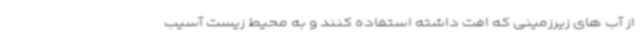
از آب های زیرزمینی که افت داشته استفاده کنند و به محیط زیست آسیب